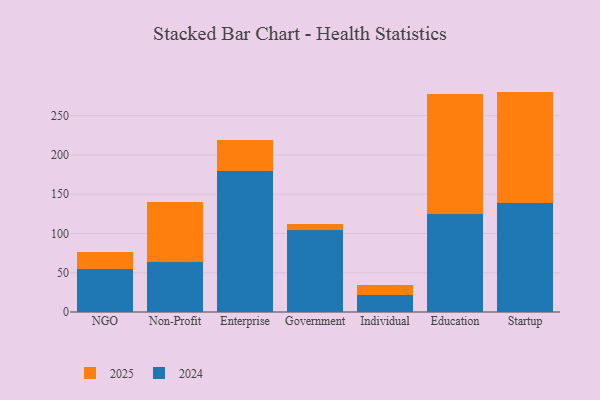
{"axis": {"x": "Segment", "y": "Gross Profit (USD K)"}, "legend": ["2024", "2025"], "data": [{"x": "NGO", "y": 54.6, "type": "2024"}, {"x": "NGO", "y": 21.2, "type": "2025"}, {"x": "Non-Profit", "y": 64.0, "type": "2024"}, {"x": "Non-Profit", "y": 76.1, "type": "2025"}, {"x": "Enterprise", "y": 179.9, "type": "2024"}, {"x": "Enterprise", "y": 39.3, "type": "2025"}, {"x": "Government", "y": 105.0, "type": "2024"}, {"x": "Government", "y": 7.4, "type": "2025"}, {"x": "Individual", "y": 21.6, "type": "2024"}, {"x": "Individual", "y": 12.8, "type": "2025"}, {"x": "Education", "y": 124.8, "type": "2024"}, {"x": "Education", "y": 153.0, "type": "2025"}, {"x": "Startup", "y": 138.2, "type": "2024"}, {"x": "Startup", "y": 142.4, "type": "2025"}]}